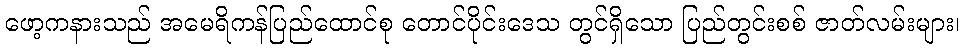
ဖော့ကနားသည် အမေရိကန်ပြည်ထောင်စု တောင်ပိုင်းဒေသ တွင်ရှိသော ပြည်တွင်းစစ် ဇာတ်လမ်းများ၊